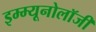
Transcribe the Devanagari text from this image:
इम्म्यूनोलॉजी